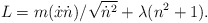
\begin{align*}L = m({\dot x}{\dot n})/{\sqrt{{\dot n}^2}}+ \lambda (n^2 + 1).\\\end{align*}